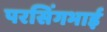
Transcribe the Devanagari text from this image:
परसिंगभाई